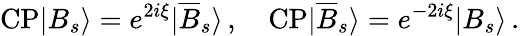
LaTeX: \mathrm{CP}|B_{s}\rangle=e^{2i\xi}|\overline{{{B}}}_{s}\rangle\, ,\quad\mathrm{CP}|\overline{{{B}}}_{s}\rangle=e^{-2i\xi}|B_{s}\rangle\, .